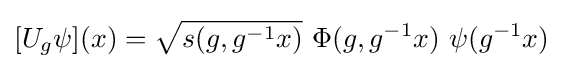
[U_{g}\psi ](x)={\sqrt {s(g,g^{-1}x)}}\ \Phi (g,g^{-1}x)\ \psi (g^{-1}x)